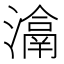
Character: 𤀉